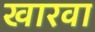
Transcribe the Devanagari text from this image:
खारवा